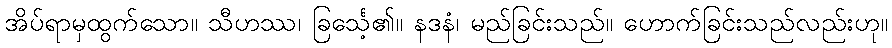
အိပ်ရာမှထွက်သော။ သီဟဿ၊ ခြင်္သေ့၏။ နဒနံ၊ မည်ခြင်းသည်။ ဟောက်ခြင်းသည်လည်းဟု။